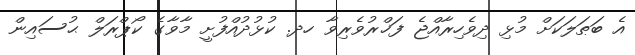
އެ ބަޠަލަކަށް މުޅި ދިވެހިރާއްޖެ ފަޚްރުވެރިވާ ހދ. ކުޅުދުއްފުށީ މާވާގެ ކޯޕްރަލް ޙުސައިން